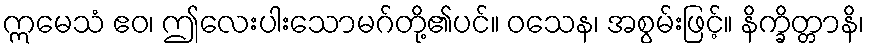
ဣမေသံ ဧဝ၊ ဤလေးပါးသောမဂ်တို့၏ပင်။ ဝသေန၊ အစွမ်းဖြင့်။ နိက္ခိတ္တာနိ၊